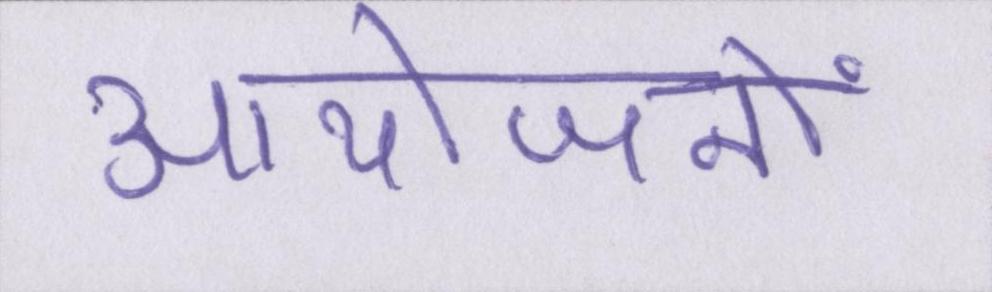
आयोजनों